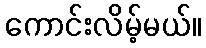
ကောင်းလိမ့်မယ်။